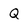
Character: Q